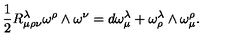
\frac { 1 } { 2 } R _ { \mu \rho \nu } ^ { \lambda } \omega ^ { \rho } \wedge \omega ^ { \nu } = d \omega _ { \mu } ^ { \lambda } + \omega _ { \rho } ^ { \lambda } \wedge \omega _ { \mu } ^ { \rho } .